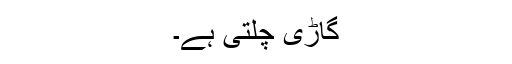
گاڑی چلتی ہے۔